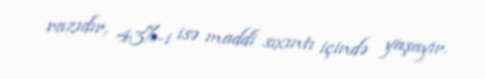
razıdır, 43%-i isə maddi sıxıntı içində yaşayır.